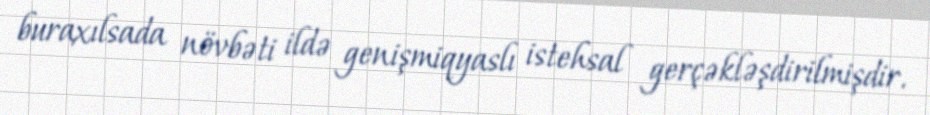
buraxılsada növbəti ildə genişmiqyaslı istehsal gerçəkləşdirilmişdir.